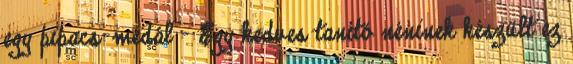
egy pipacs-medál - Egy kedves tanító néninek készült ez